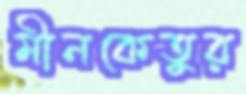
মীনকেতুর